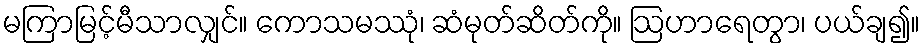
မကြာမြင့်မီသာလျှင်။ ကောသမဿုံ၊ ဆံမုတ်ဆိတ်ကို။ ဩဟာရေတွာ၊ ပယ်ချ၍။